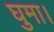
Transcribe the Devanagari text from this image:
घुमा।